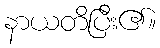
နာယတိပြီး၏။